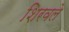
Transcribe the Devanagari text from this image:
शिरवले